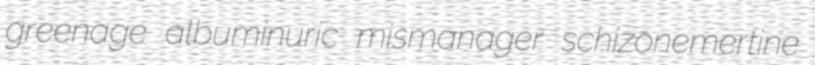
greenage albuminuric mismanager schizonemertine